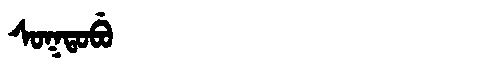
Manchu: ᠰᠣᡴᡨᠣᠪᡠ
Romanization: SOKTOBU